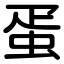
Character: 蛋